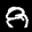
Label: 8